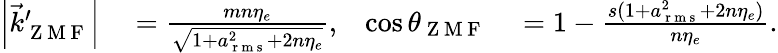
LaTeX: \begin{array}{rlrl}{{\left|{\vec{k}_{\mathrm{~Z~M~F~}}^{\prime}}\right|}}&{{}=\frac{mn\eta_{e}}{\sqrt{1+a_{\mathrm{~r~m~s~}}^{2}+2n\eta_{e}}},}&{\cos\theta_{\mathrm{~Z~M~F~}}}&{{}=1-\frac{s(1+a_{\mathrm{~r~m~s~}}^{2}+2n\eta_{e})}{n\eta_{e}}.}\end{array}